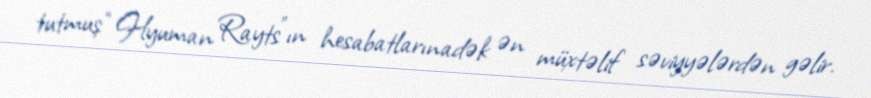
tutmuş “Hyuman Rayts”ın hesabatlarınadək ən müxtəlif səviyyələrdən gəlir.